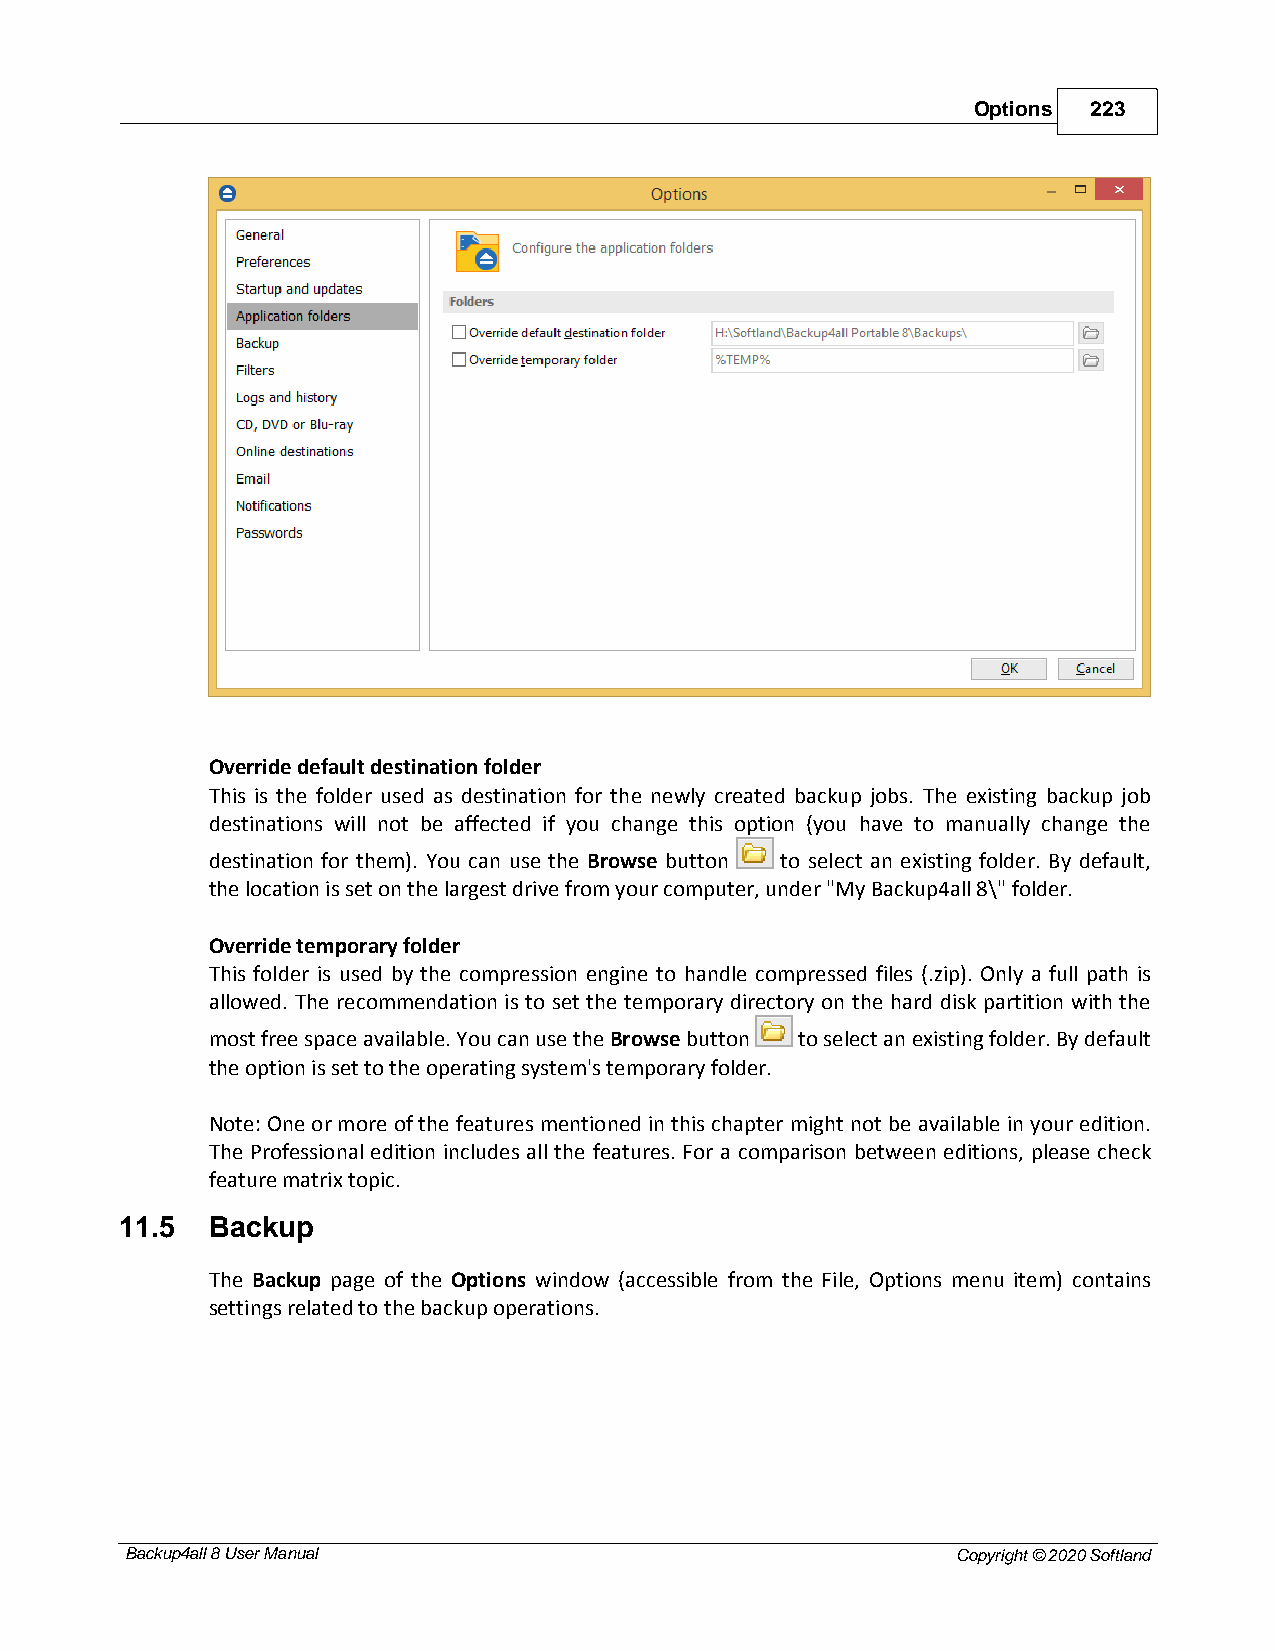
Options 223
 Override default destination folder
 This is the folder used as destination for the newly created backup jobs. The existing backup job
 destinations will not be affected if you change this option (you have to manually change the
 destination for them). You can use the Browse button to select an existing folder. By default,
 the location is set on the largest drive from your computer, under "My Backup4all 8\" folder.
 Override temporary folder
 This folder is used by the compression engine to handle compressed files (.zip). Only a full path is
 allowed. The recommendation is to set the temporary directory on the hard disk partition with the
 most free space available. You can use the Browse button to select an existing folder. By default
 the option is set to the operating system's temporary folder.
 Note: One or more of the features mentioned in this chapter might not be available in your edition.
 The Professional edition includes all the features. For a comparison between editions, please check
 feature matrix topic.
 11.5  Backup
 The Backup page of the Options window (accessible from the File, Options menu item) contains
 settings related to the backup operations.
 Backup4all 8 User Manual                               Copyright © 2020 Softland